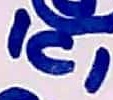
Text: ICI